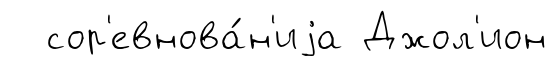
сор'евнова́н'иjа Джол'ион